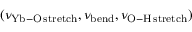
( \nu _ { \mathrm { Y b - O \, s t r e t c h } } , \nu _ { \mathrm { b e n d } } , \nu _ { \mathrm { O - H \, s t r e t c h } } )